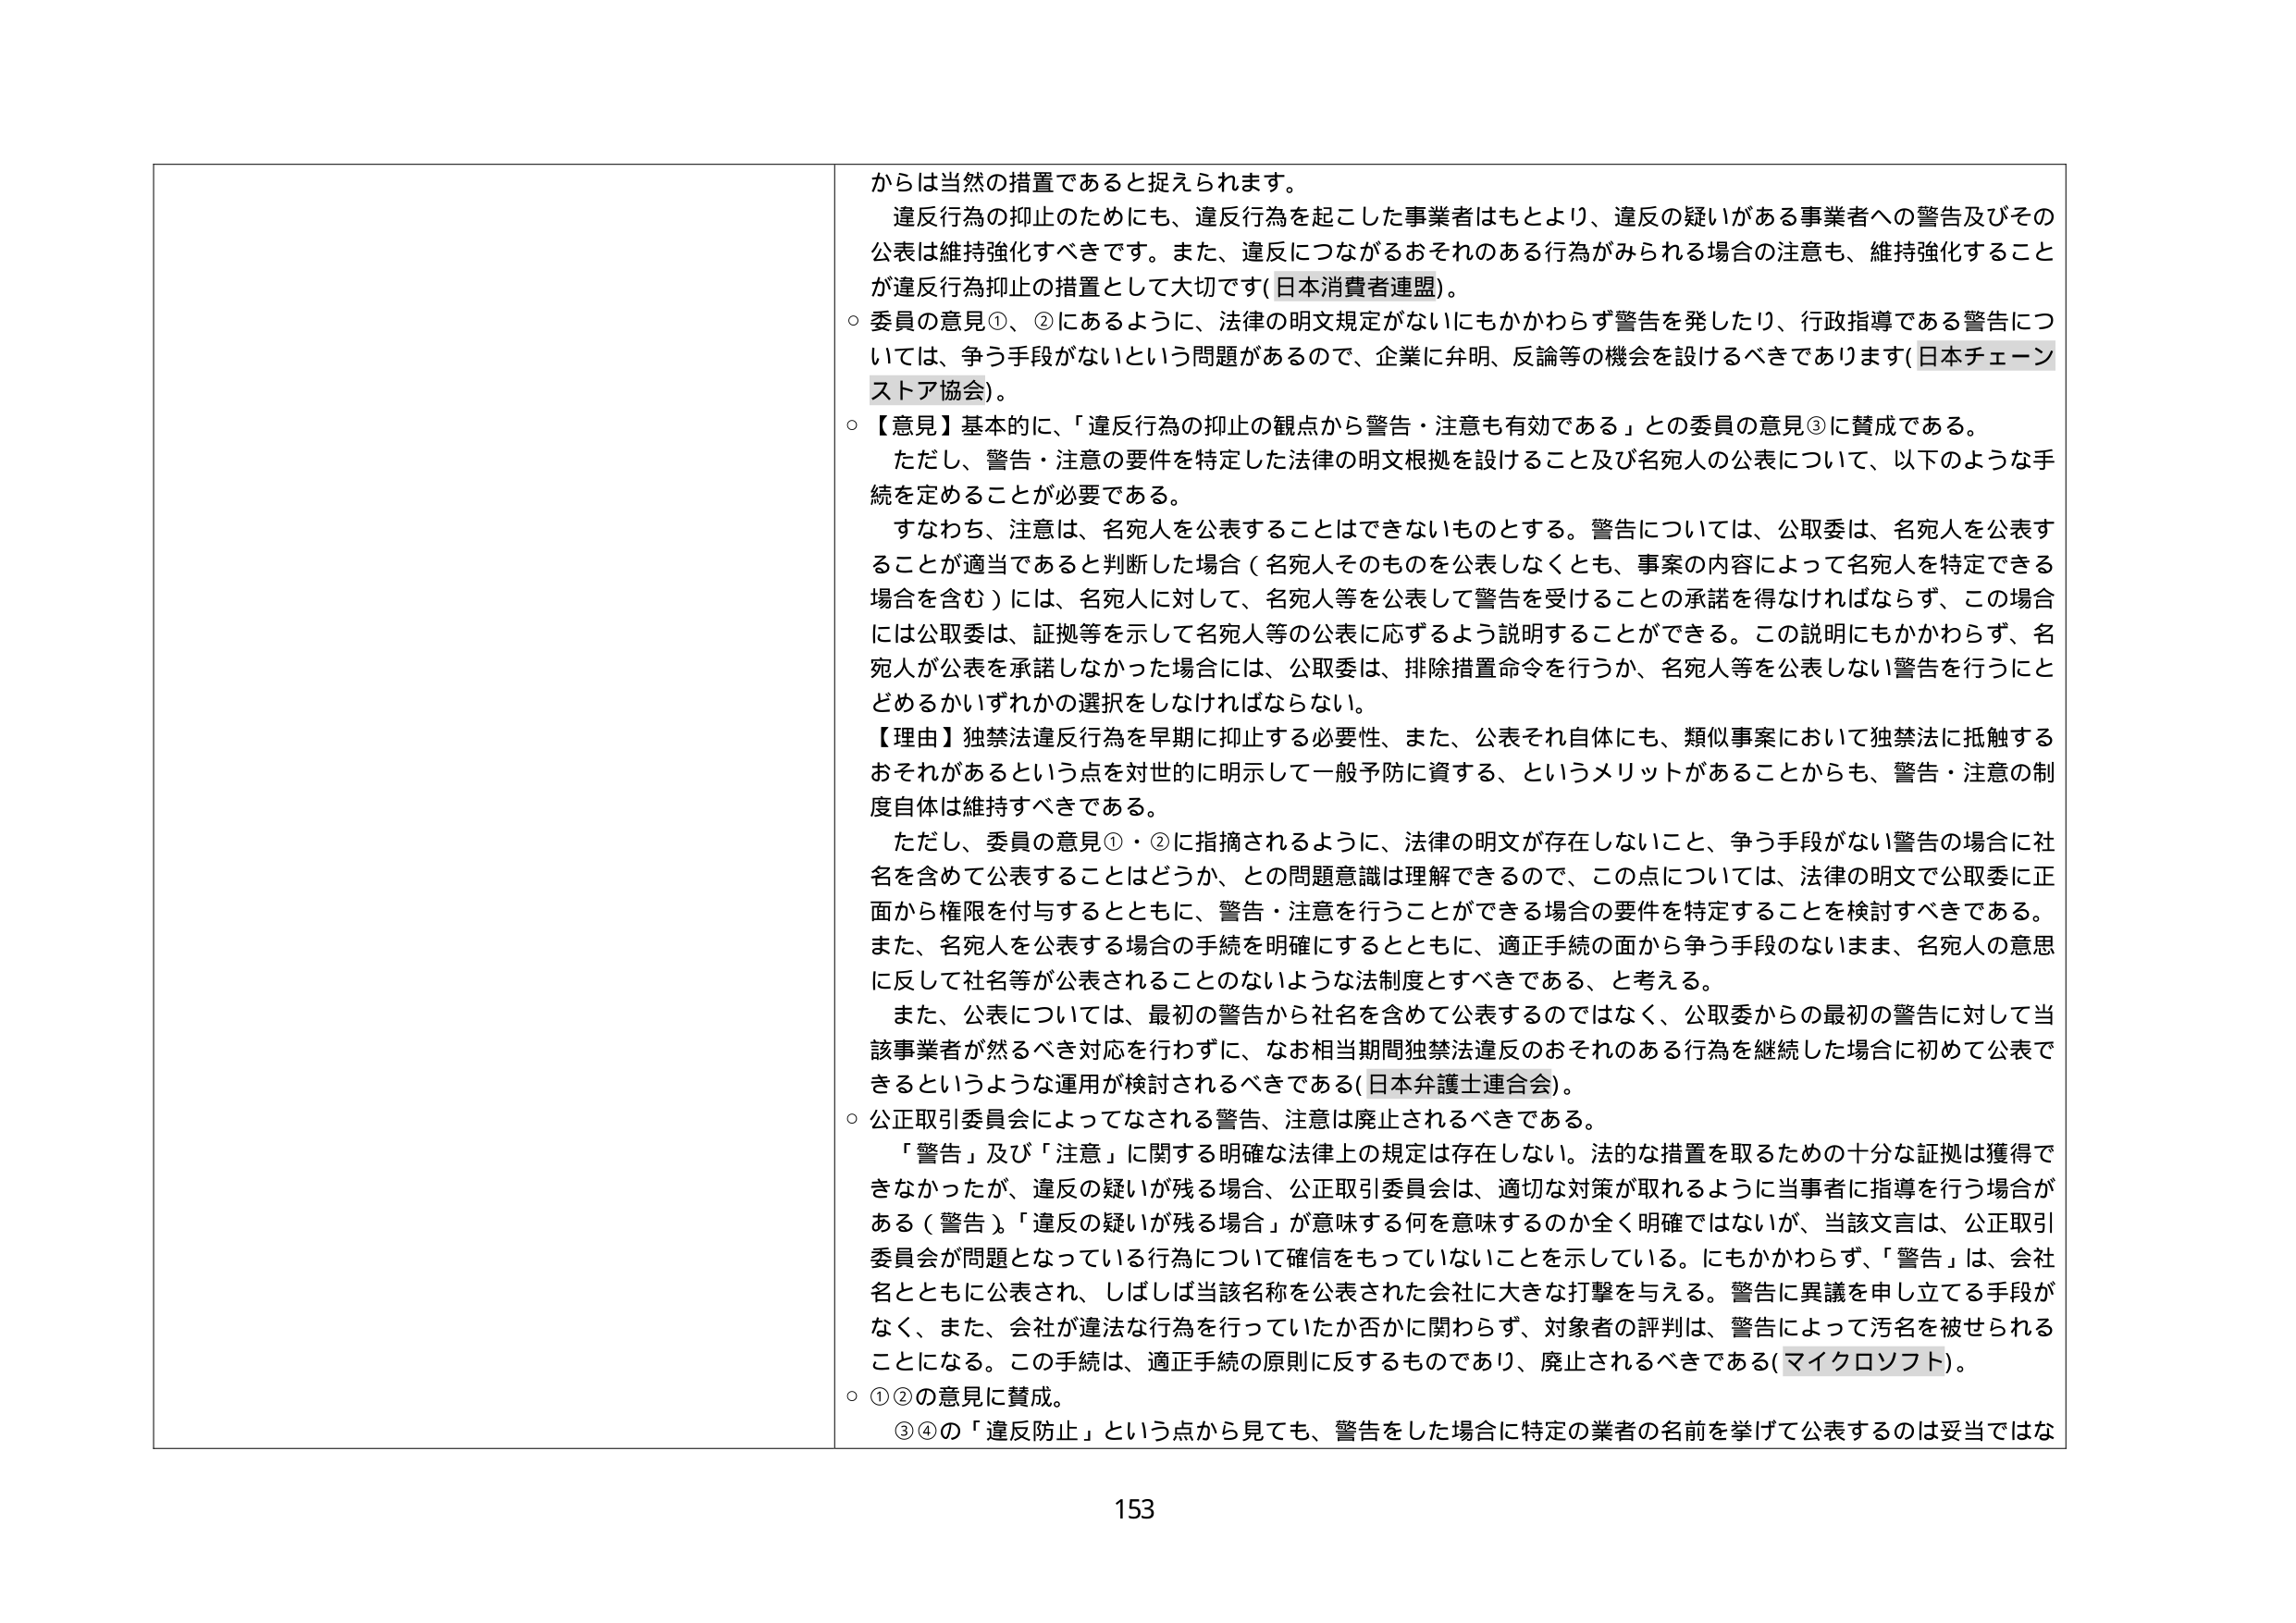
からは当然の措置であると捉えられます。
違反行為の抑止のためにも、違反行為を起こした事業者はもとより、違反の疑いがある事業者への警告及びその
公表は維持強化すべきです。また、違反につながるおそれのある行為がみられる場合の注意も、維持強化すること
が違反行為抑止の措置として大切です（日本消費者連盟）。
○ 委員の意見①、②にあるように、法律の明文規定がないにもかかわらず警告を発したり、行政指導である警告につ
いては、争う手段がないという問題があるので、企業に弁明、反論等の機会を設けるべきであります（日本チェーン
ストア協会）。
○ 【意見】基本的に、「違反行為の抑止の観点から警告・注意も有効である」との委員の意見③に賛成である。
　ただし、警告・注意の要件を特定した法律の明文根拠を設けること及び名宛人の公表について、以下のような手
続を定めることが必要である。
　すなわち、注意は、名宛人を公表することはできないものとする。警告については、公取委は、名宛人を公表す
ることが適当であると判断した場合（名宛人そのものを公表しなくとも、事案の内容によって名宛人を特定できる
場合を含む）には、名宛人に対して、名宛人等を公表して警告を受けることの承諾を得なければならず、この場合
には公取委は、証拠等を示して名宛人等の公表に応ずるよう説明することができる。この説明にもかかわらず、名
宛人が公表を承諾しなかった場合には、公取委は、排除措置命令を行うか、名宛人等を公表しない警告を行うにと
どめるかいずれかの選択をしなければならない。
【理由】独禁法違反行為を早期に抑止する必要性、また、公表それ自体にも、類似事案において独禁法に抵触する
おそれがあるという点を対世的に明示して一般予防に資する、というメリットがあることからも、警告・注意の制
度自体は維持すべきである。
　ただし、委員の意見①・②に指摘されるように、法律の明文が存在しないこと、争う手段がない警告の場合に社
名を含めて公表することはどうか、との問題意識は理解できるので、この点については、法律の明文で公取委に正
面から権限を付与するとともに、警告・注意を行うことができる場合の要件を特定することを検討すべきである。
また、名宛人を公表する場合の手続を明確にするとともに、適正手続の面から争う手段のないまま、名宛人の意思
に反して社名等が公表されることのないような法制度とすべきである、と考える。
　また、公表については、最初の警告から社名を含めて公表するのではなく、公取委からの最初の警告に対して当
該事業者が然るべき対応を行わずに、なお相当期間独禁法違反のおそれのある行為を継続した場合に初めて公表で
きるというような運用が検討されるべきである（日本弁護士連合会）。
○ 公正取引委員会によってなされる警告、注意は廃止されるべきである。
　「警告」及び「注意」に関する明確な法律上の規定は存在しない。法的な措置を取るための十分な証拠は獲得で
きなかったが、違反の疑いが残る場合、公正取引委員会は、適切な対策が取れるように当事者に指導を行う場合が
ある（警告）。「違反の疑いが残る場合」が意味する何を意味するのか全く明確ではないが、当該文言は、公正取引
委員会が問題となっている行為について確信をもっていないことを示している。にもかかわらず、「警告」は、会社
名とともに公表され、しばしば当該名称を公表された会社に大きな打撃を与える。警告に異議を申し立てる手段が
なく、また、会社が違法な行為を行っていたか否かに関わらず、対象者の評判は、警告によって汚名を被せられる
ことになる。この手続は、適正手続の原則に反するものであり、廃止されるべきである（マイクロソフト）。
○ ①②の意見に賛成。
　③④の「違反防止」という点から見ても、警告をした場合に特定の業者の名前を挙げて公表するのは妥当ではな

153